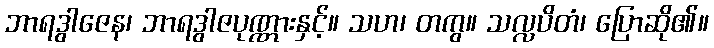
ဘာရဒွါဇေန၊ ဘာရဒွါဇပုဏ္ဏားနှင့်။ သဟ၊ တကွ။ သလ္လပိတံ၊ ပြောဆို၏။